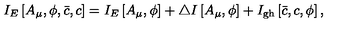
I _ { E } \left[ A _ { \mu } , \phi , \bar { c } , c \right] = I _ { E } \left[ A _ { \mu } , \phi \right] + \triangle I \left[ A _ { \mu } , \phi \right] + I _ { \mathrm { g h } } \left[ \bar { c } , c , \phi \right] ,